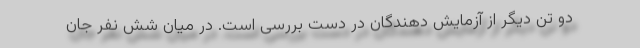
دو تن دیگر از آزمایش دهندگان در دست بررسی است. در میان شش نفر جان